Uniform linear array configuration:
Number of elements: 32
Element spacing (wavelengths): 0.75
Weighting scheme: kaiser
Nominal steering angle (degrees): -45
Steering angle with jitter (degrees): -43.686
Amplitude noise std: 0.05
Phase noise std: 0.05

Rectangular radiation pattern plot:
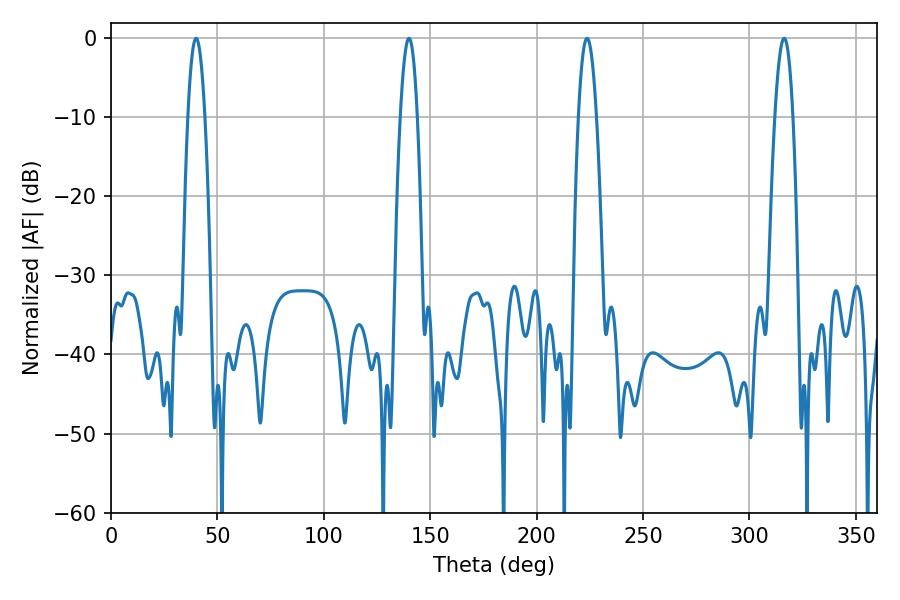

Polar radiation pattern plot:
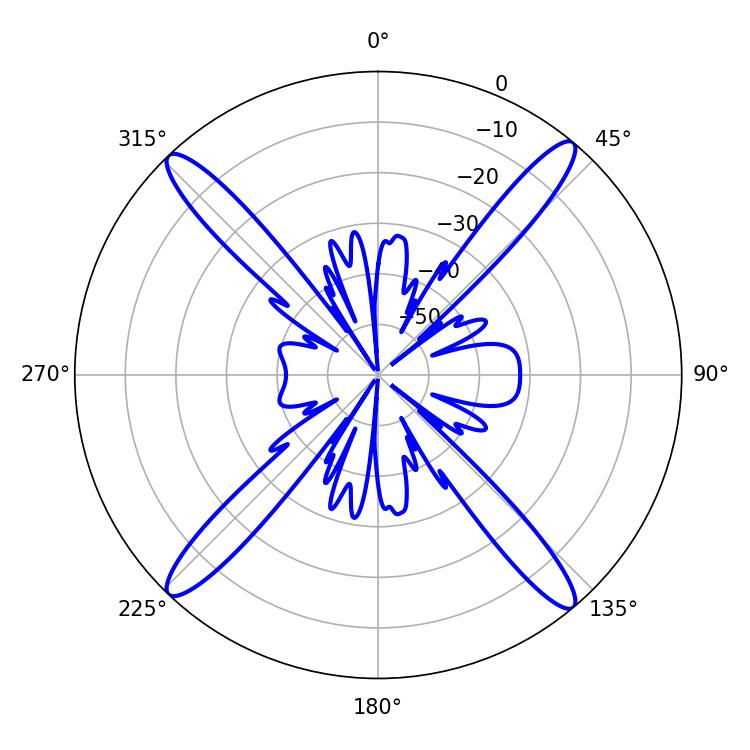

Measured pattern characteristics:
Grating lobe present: TRUE
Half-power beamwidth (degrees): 4.32
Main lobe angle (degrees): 39.96